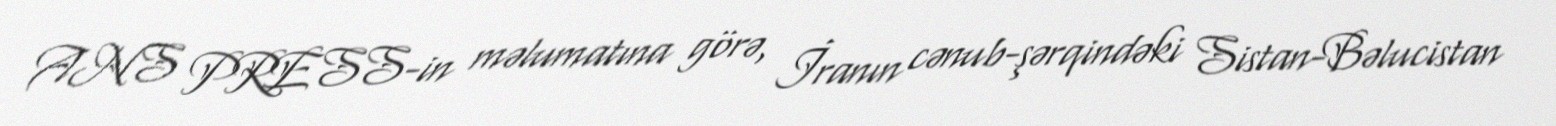
ANS PRESS-in məlumatına görə, İranın cənub-şərqindəki Sistan-Bəlucistan